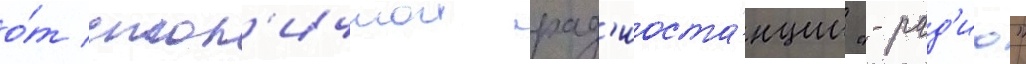
о́т стол'ичнои рад'иоста́нции "-рад'ио"